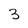
Character: 3